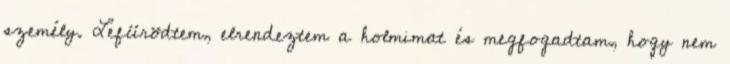
személy. Lefürödtem, elrendeztem a holmimat és megfogadtam, hogy nem